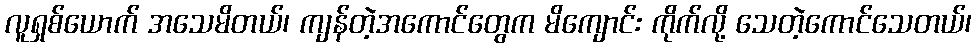
လူရှစ်ယောက် အသေမိတယ်၊ ကျန်တဲ့အကောင်တွေက မိကျောင်း ကိုက်လို့ သေတဲ့ကောင်သေတယ်၊